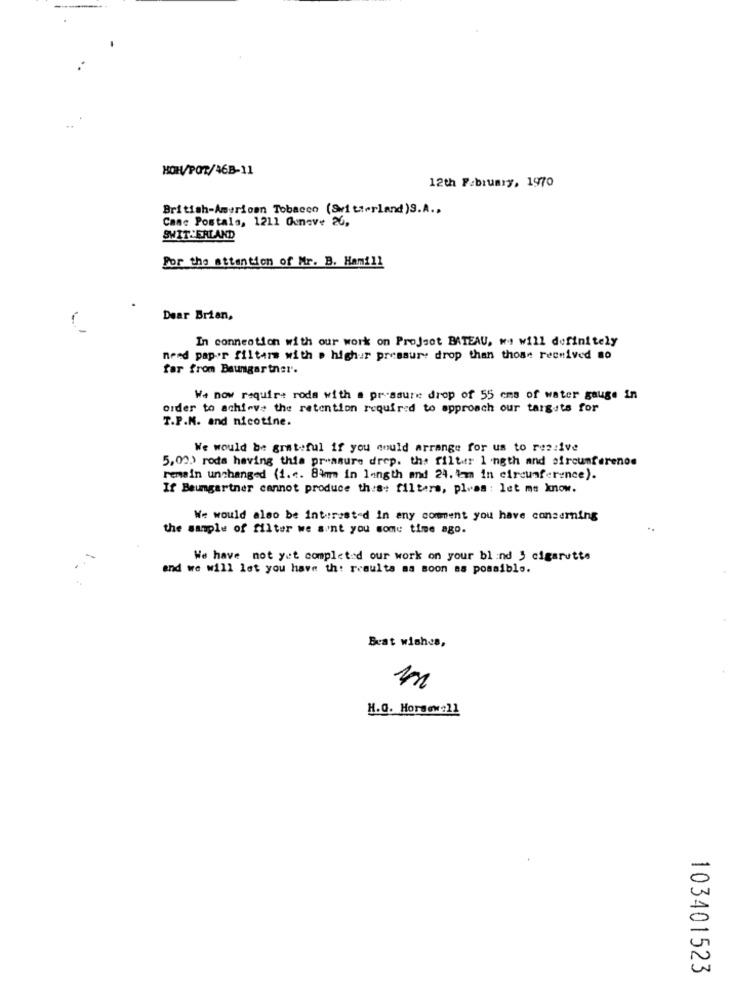
HOW/POT/46B-11
12th February, 1970
British-American Tobacco (Switzerland) S.A ..
Cane Postala, 1211 Gunave 26,
SWIT ERLAND
For the attention of Mr. B. Hamill
Dear Brian,
In connection with our work on Project BATEAU, we will definitely
nend pap-or filters with a highur pressure drop than those received 80
far from Baumgartner.
We now require roda with a pressure drop of 55 cms of water gauge in
order to achieve the retention required to approach our targets for
T.P.N. and nicotine.
We would be grateful if you could arrange for us to ressive
5.02.> roda having this preasure drep. the filter 1 ngth and circumferenos
remain unchanged (1.c. 8am in length and 24. im in circumference).
If Baumgartner cannot produce this: filters, plas : let me know.
We would also be interested in any comment you have concerning
the sample of filter we sont you some time ago.
We have not yet completed our work on your blind J cigarette
and we will let you have th: results as soon as possible.
..
Best wishes,
m
H.O. Horsewell
103401523